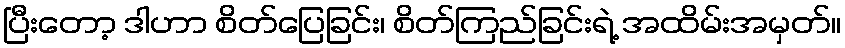
ပြီးတော့ ဒါဟာ စိတ်ပြေခြင်း၊ စိတ်ကြည်ခြင်းရဲ့ အထိမ်းအမှတ်။